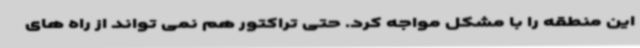
این منطقه را با مشکل مواجه کرد. حتی تراکتور هم نمی تواند از راه های